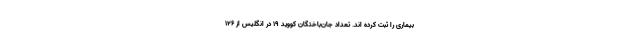
بیماری را ثبت کرده اند. تعداد جان‌باختگان کووید ۱۹ در انگلیس از ۱۲۶